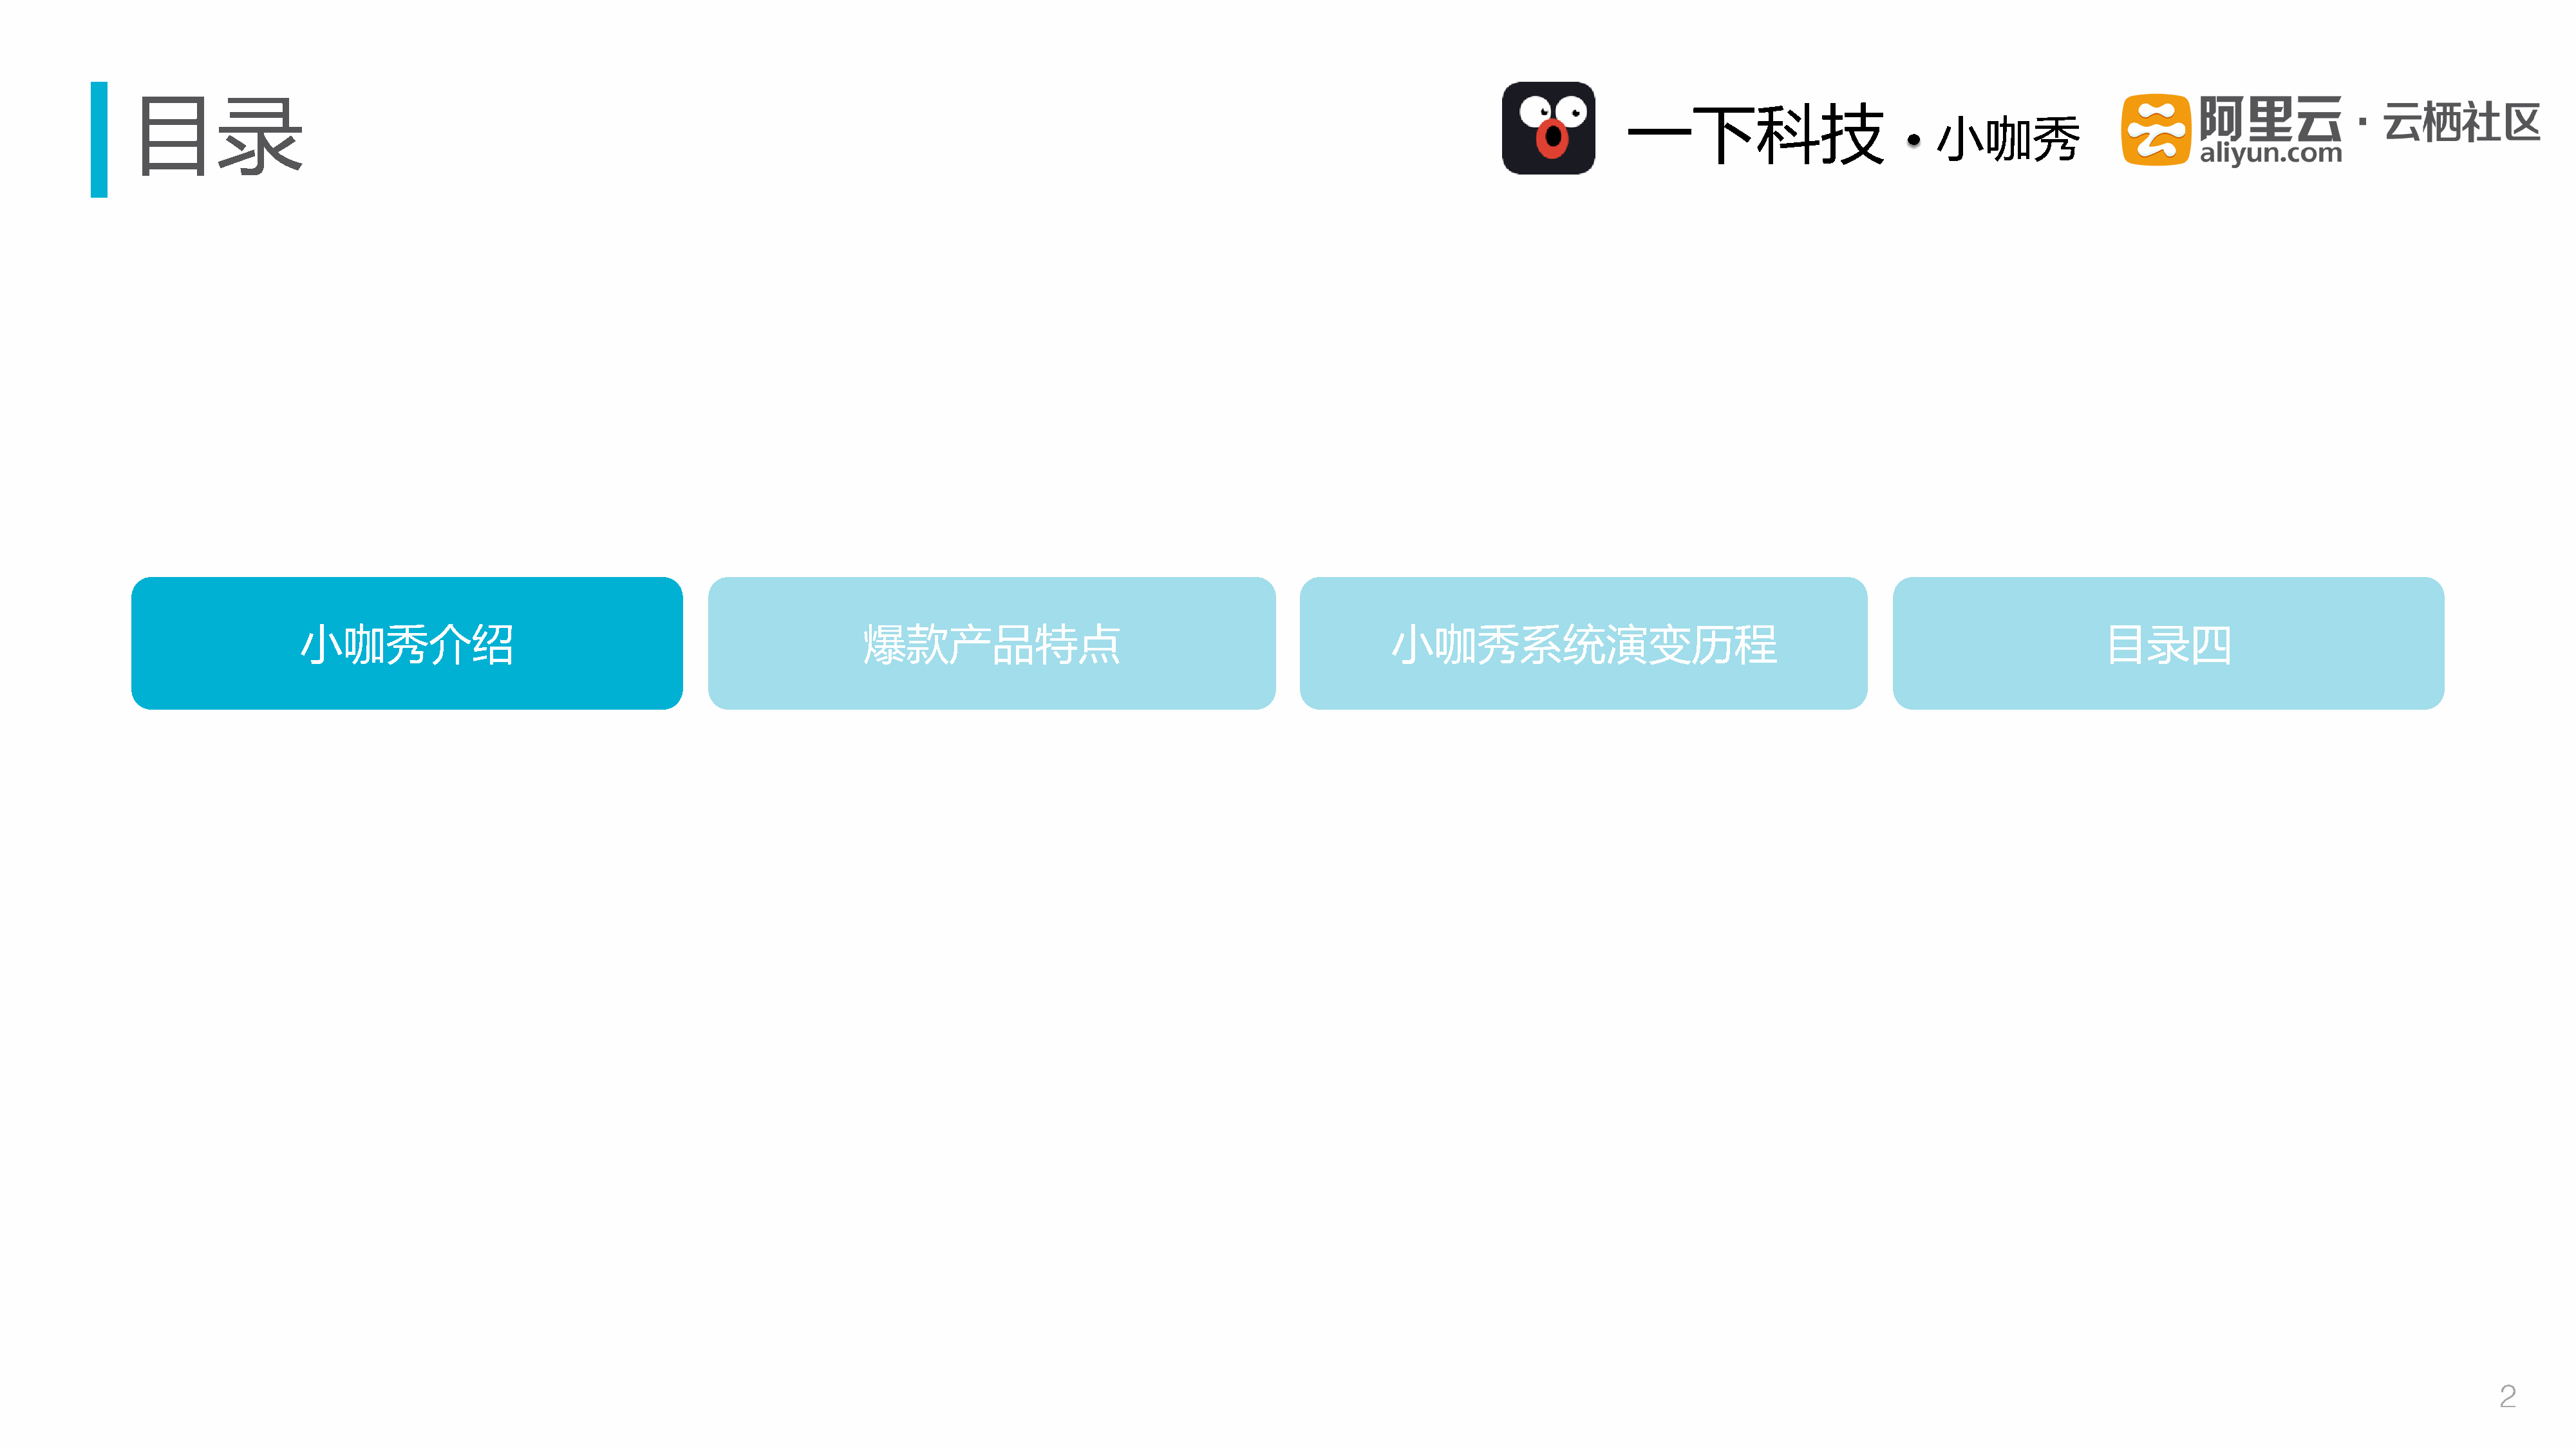
目录
 一下科技
 小咖秀
 小咖秀介绍                                                     爆款产品特点                                                小咖秀系统演变历程                                                                目录四
 2